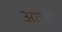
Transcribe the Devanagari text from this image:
आचर